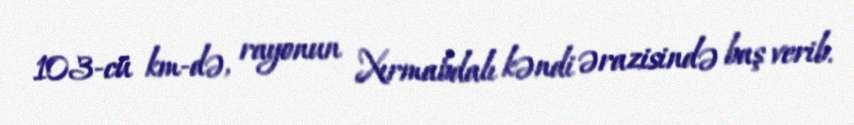
103-cü km-də, rayonun Xırmabdalı kəndi ərazisində baş verib.